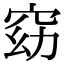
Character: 窈